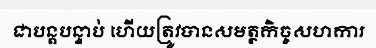
ជាបន្តបន្ទាប់ ហើយត្រូវបានសមត្ថកិច្ចសហការ